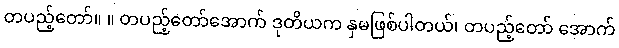
တပည့်တော်။ ။ တပည့်တော်အောက် ဒုတိယက နှမဖြစ်ပါတယ်၊ တပည့်တော် အောက်